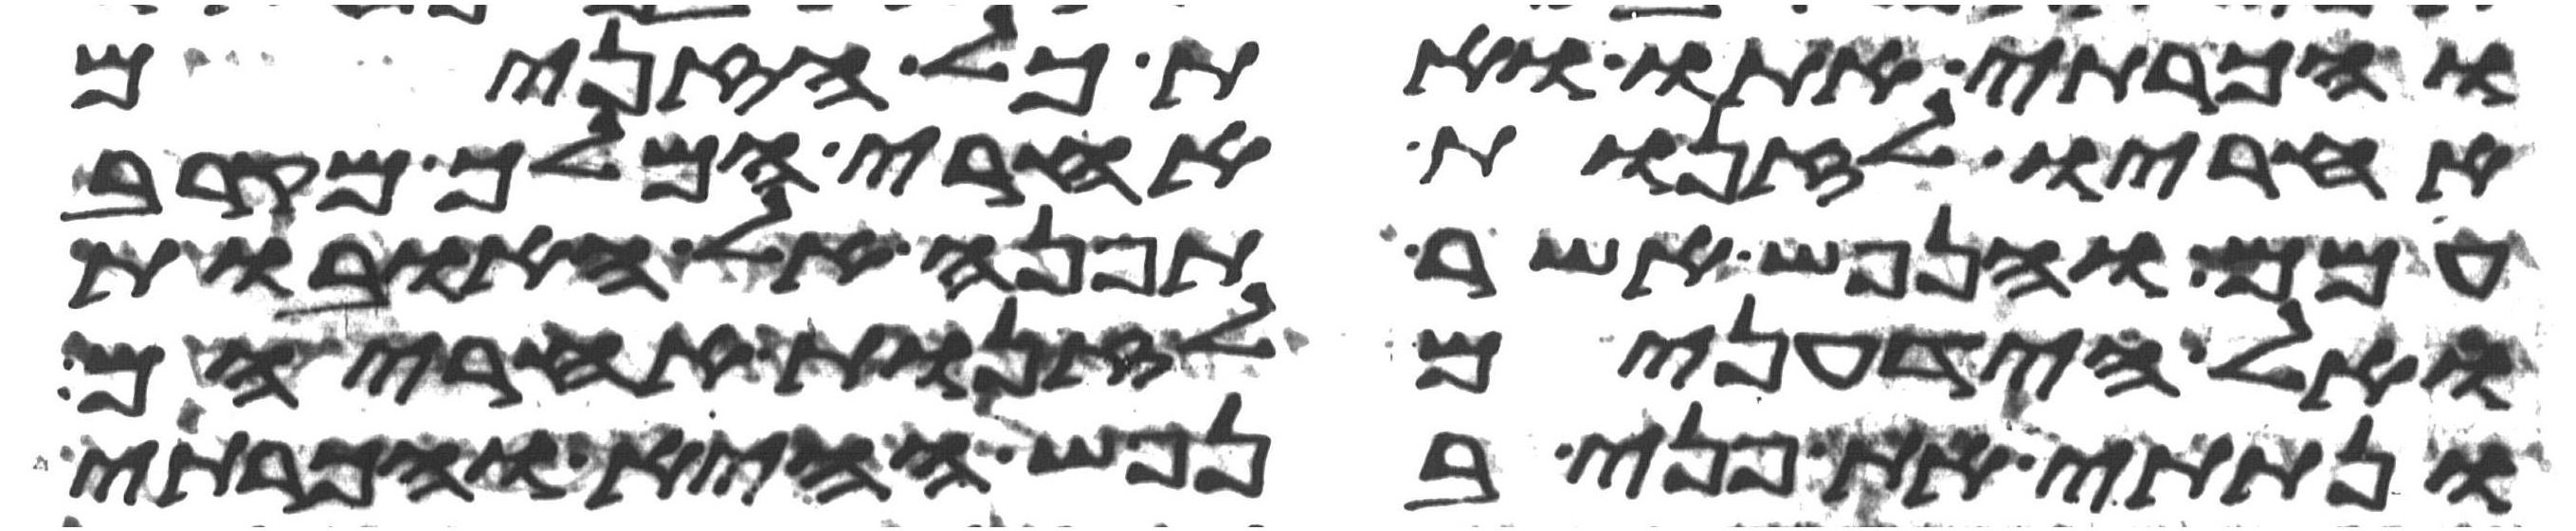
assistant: והכרתי אתו ואת כל הזנים
אחריו לזנות אחרי המלך מקרב
עמם והנפש אשר תפנה אל האובות
ואל הידעונים לזנות אחריהם
ונתתי את פני בנפש ההיא והכרתי